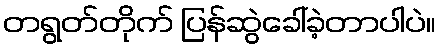
တရွတ်တိုက် ပြန်ဆွဲခေါ်ခဲ့တာပါပဲ။